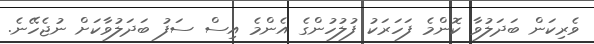
ވެރިކަން ބަދަލުވާ ކޮންމެ ފަހަރަކު ފުލުހުންގެ އެންމެ އިސް ސަފު ބަދަލުވާކަށް ނުޖެހޭނެ.